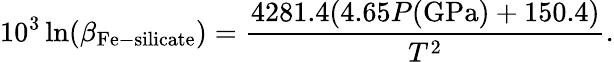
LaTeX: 10^{3}\ln(\beta_{\mathrm{Fe-silicate}})=\frac{4281.4(4.65P(\mathrm{GPa})+150.4)}{T^{2}}.